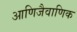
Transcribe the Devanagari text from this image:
आणिजैवाणिक